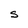
Character: S